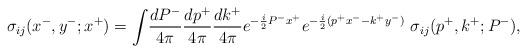
LaTeX: \begin{align*}\sigma_{ij}(x^-,y^-;x^+) =\int\!\frac{dP^-}{4\pi} \frac{dp^+}{4\pi} \frac{dk^+}{4\pi} e^{-\frac{i}{2}P^- x^+} e^{-\frac{i}{2}(p^+x^--k^+y^-)} ~\sigma_{ij}(p^+,k^+;P^-),\end{align*}